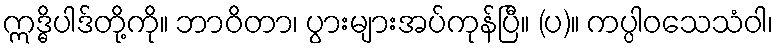
ဣဒ္ဓိပါဒ်တို့ကို။ ဘာဝိတာ၊ ပွားများအပ်ကုန်ပြီ။ (ပ)။ ကပ္ပါဝသေသံဝါ၊